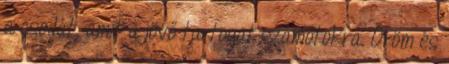
a csodát, amit a jövő tartogat számotokra. Öröm és